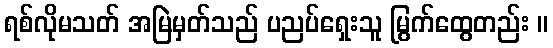
ရစ်လိုမသတ် အမြဲမှတ်သည် ပညပ်ရှေးသူ မြွက်ထွေတည်း ။